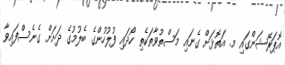
އޮޕަރޭޝަންގައި މ. އަތޮޅަށް ގެނައި މަސްތުވާތަކެތި ހޯދައި ފުލުހުންގެ ބެލުމުގެ ދަށަށް ގެނެސްފައިވާ